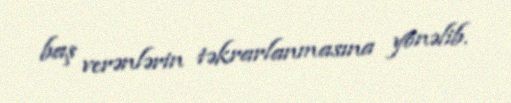
baş verənlərin təkrarlanmasına yönəlib.